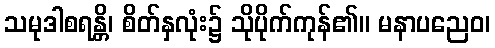
သမုဒါစရန္တိ၊ စိတ်နှလုံး၌ သိုပိုက်ကုန်၏။ မနာပညေဝ၊